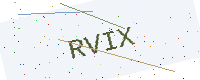
Text: RVIX